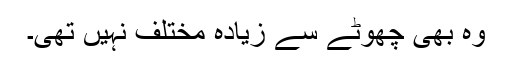
وہ بھی چھوٹے سے زیادہ مختلف نہیں تھی۔